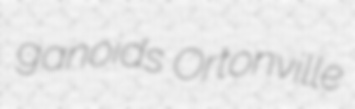
ganoids Ortonville